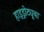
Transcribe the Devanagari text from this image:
हाइड्रोट्यूबा